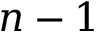
n - 1